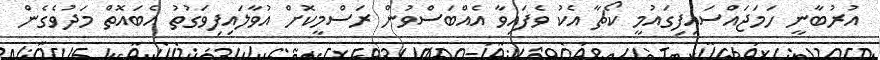
އުރުބާނީ ހަމަޖައްސައިފިގައުމީ ކޯޗާ އެކު ވެފައިވާ އެއްބަސްވުން ރަސްމީކޮށް އުވާލައިފިވަގުތު އެބައޮތް މަދުވެގެން